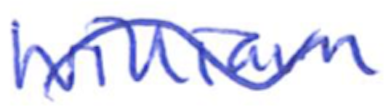
Text: William
Cross-out: wave
Writing tool: ballpoint